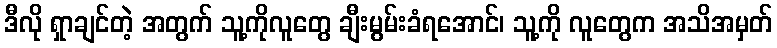
ဒီလို ရှာချင်တဲ့ အတွက် သူ့ကိုလူတွေ ချီးမွမ်းခံရအောင်၊ သူ့ကို လူတွေက အသိအမှတ်